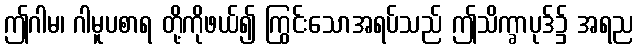
ဤဂါမ၊ ဂါမူပစာရ တို့ကိုဖယ်၍ ကြွင်းသောအရပ်သည် ဤသိက္ခာပုဒ်၌ အရည